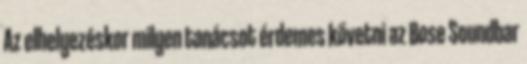
Az elhelyezéskor milyen tanácsot érdemes követni az Bose Soundbar